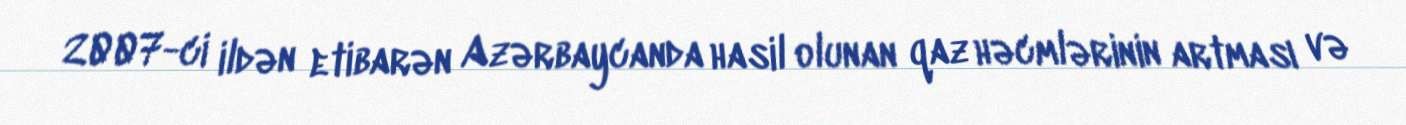
2007-ci ildən etibarən Azərbaycanda hasil olunan qaz həcmlərinin artması və